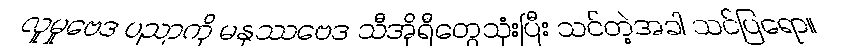
လူမှုဗေဒ ပညာကို မနုဿဗေဒ သီအိုရီတွေသုံးပြီး သင်တဲ့အခါ သင်ပြရော။